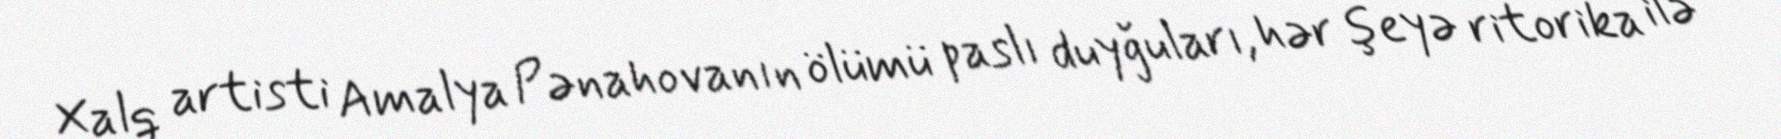
Xalq artisti Amalya Pənahovanın ölümü paslı duyğuları, hər şeyə ritorika ilə